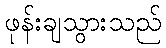
ဖုန်းချသွားသည်